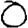
Digit: 0